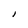
Character: I